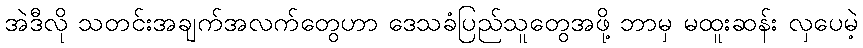
အဲဒီလို သတင်းအချက်အလက်တွေဟာ ဒေသခံပြည်သူတွေအဖို့ ဘာမှ မထူးဆန်း လှပေမဲ့